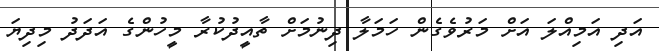
އަދި އަމިއްލަ އަށް މަރުވެގެން ހަމަލާ ދިނުމަށް ތާއީދުކުރާ މީހުންގެ އަދަދު މިދިޔަ